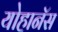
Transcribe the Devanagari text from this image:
योहानॅस